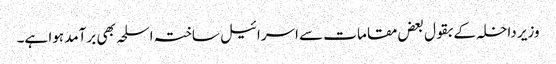
وزیر داخلہ کے بقول بعض مقامات سے اسرائیل ساختہ اسلحہ بھی برآمد ہوا ہے۔